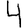
Digit: 4